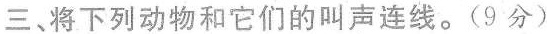
三、将下列动物和它们的叫声连线.(9 分)